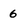
Character: 6